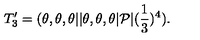
T _ { 3 } ^ { \prime } = ( \theta , \theta , \theta \vert \vert \theta , \theta , \theta \vert { \cal P } \vert ( { \frac { 1 } { 3 } } ) ^ { 4 } ) .